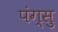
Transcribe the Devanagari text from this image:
पंग्सु